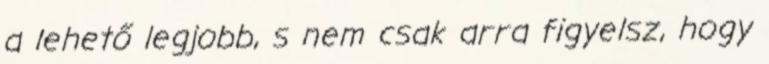
a lehető legjobb, s nem csak arra figyelsz, hogy